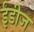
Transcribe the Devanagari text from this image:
ईंडीज